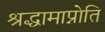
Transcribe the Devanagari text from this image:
श्रद्धामाप्नोति